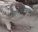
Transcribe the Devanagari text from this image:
नित्यमभिमानोन्नतं